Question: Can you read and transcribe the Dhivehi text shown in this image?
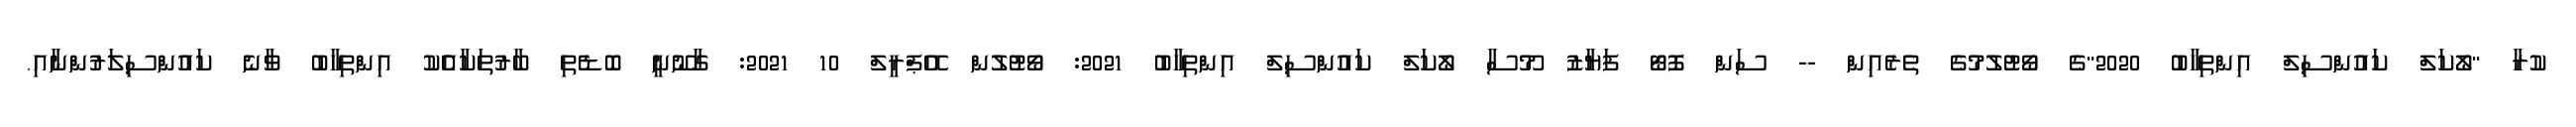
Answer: ކުރާ "ލޯކަލް ކައުންސިލް އިންތިހާބު 2020"ގެ ވޯޓުލުމުގެ ތެރެއިން -- ސަން ފޮޓޯ ފަޔާޒު މޫސާ ލޯކަލް ކައުންސިލް އިންތިހާބު 2021: ވޯޓުލުން އޭޕްރީލް 10 2021: ގާނޫނީ ބޮޑެތި ބާރުތަކާއެެކު އިންތިހާބު ވާނެ ކައުންސިލަރުންނާއި.